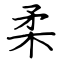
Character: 柔